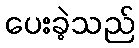
ပေးခဲ့သည်